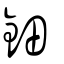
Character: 鈿